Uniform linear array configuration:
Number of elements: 24
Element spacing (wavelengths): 0.75
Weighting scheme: binomial
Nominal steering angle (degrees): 45
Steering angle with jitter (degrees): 45.317
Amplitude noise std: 0.05
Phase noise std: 0.05

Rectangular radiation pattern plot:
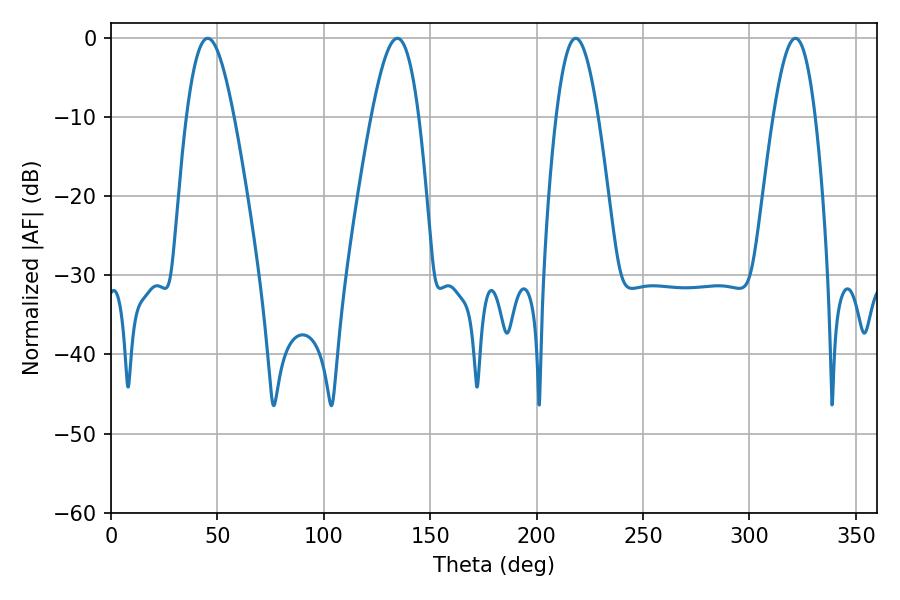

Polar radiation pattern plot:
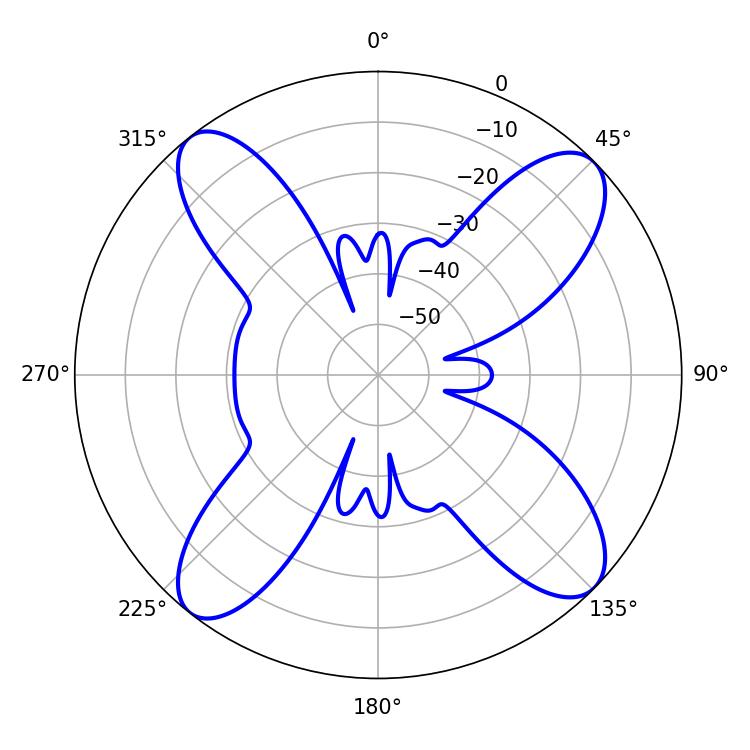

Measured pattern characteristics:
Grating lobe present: TRUE
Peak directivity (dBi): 14.289
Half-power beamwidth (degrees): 10.62
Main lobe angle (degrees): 218.34